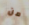
من